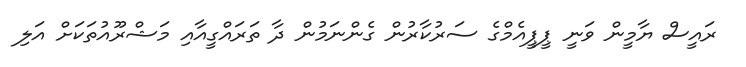
ރައީސް ޔާމީން ވަނީ ޕީޕީއެމްގެ ސަރުކާރުން ގެންނަމުން ދާ ތަރައްގީއާއި މަޝްރޫއުތަކަށް އަލި